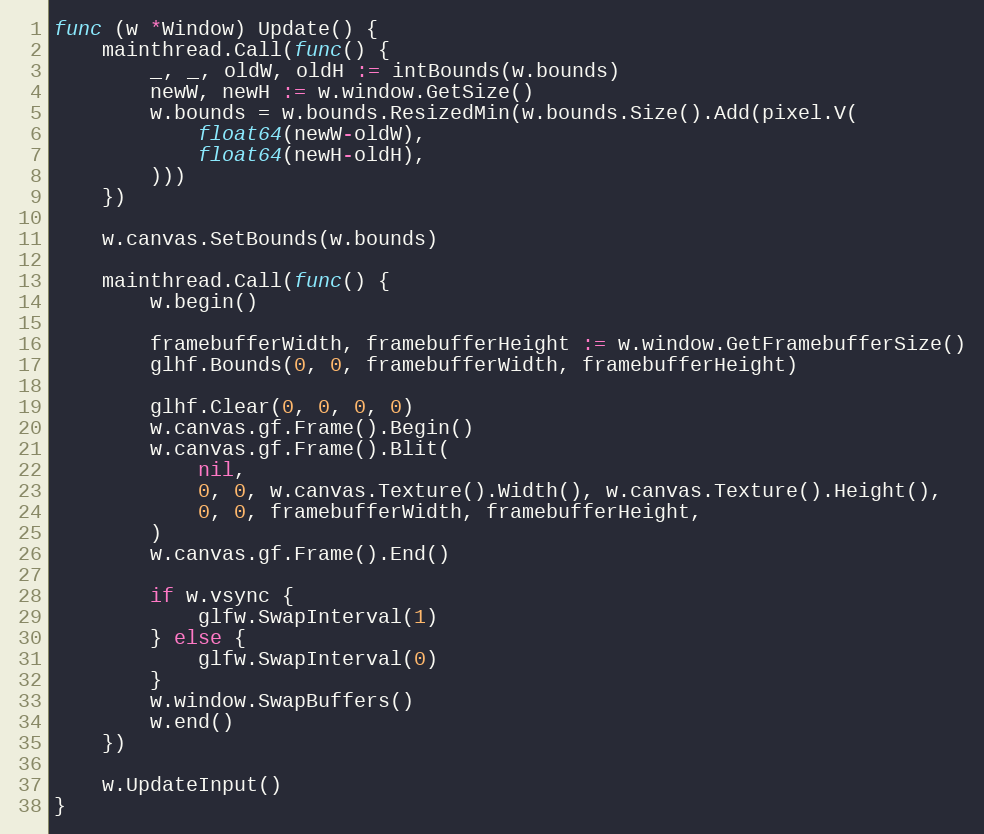
Language: Go
func (w *Window) Update() {
	mainthread.Call(func() {
		_, _, oldW, oldH := intBounds(w.bounds)
		newW, newH := w.window.GetSize()
		w.bounds = w.bounds.ResizedMin(w.bounds.Size().Add(pixel.V(
			float64(newW-oldW),
			float64(newH-oldH),
		)))
	})

	w.canvas.SetBounds(w.bounds)

	mainthread.Call(func() {
		w.begin()

		framebufferWidth, framebufferHeight := w.window.GetFramebufferSize()
		glhf.Bounds(0, 0, framebufferWidth, framebufferHeight)

		glhf.Clear(0, 0, 0, 0)
		w.canvas.gf.Frame().Begin()
		w.canvas.gf.Frame().Blit(
			nil,
			0, 0, w.canvas.Texture().Width(), w.canvas.Texture().Height(),
			0, 0, framebufferWidth, framebufferHeight,
		)
		w.canvas.gf.Frame().End()

		if w.vsync {
			glfw.SwapInterval(1)
		} else {
			glfw.SwapInterval(0)
		}
		w.window.SwapBuffers()
		w.end()
	})

	w.UpdateInput()
}